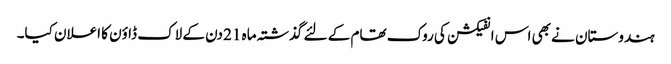
ہندوستان نے بھی اس انفیکشن کی روک تھام کے لئے گذشتہ ماہ 21 دن کے لاک ڈاؤن کا اعلان کیا۔